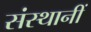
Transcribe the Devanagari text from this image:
संस्थानीं